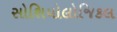
સોશિયોલોજિકલ